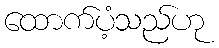
ထောက်ပံ့သည်ဟု